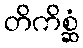
တိကိစ္ဆံ